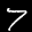
Label: 7